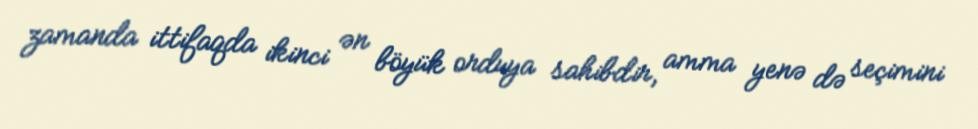
zamanda ittifaqda ikinci ən böyük orduya sahibdir, amma yenə də seçimini